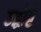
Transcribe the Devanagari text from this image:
उद्धीष्टे